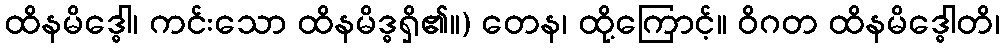
ထိနမိဒ္ဓေါ၊ ကင်းသော ထိနမိဒ္ဓရှိ၏။) တေန၊ ထို့ကြောင့်။ ဝိဂတ ထိနမိဒ္ဓေါတိ၊